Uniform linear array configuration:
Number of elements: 16
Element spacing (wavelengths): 0.25
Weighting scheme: kaiser
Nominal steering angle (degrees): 30
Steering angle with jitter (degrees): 31.424
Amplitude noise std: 0.05
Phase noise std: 0.05

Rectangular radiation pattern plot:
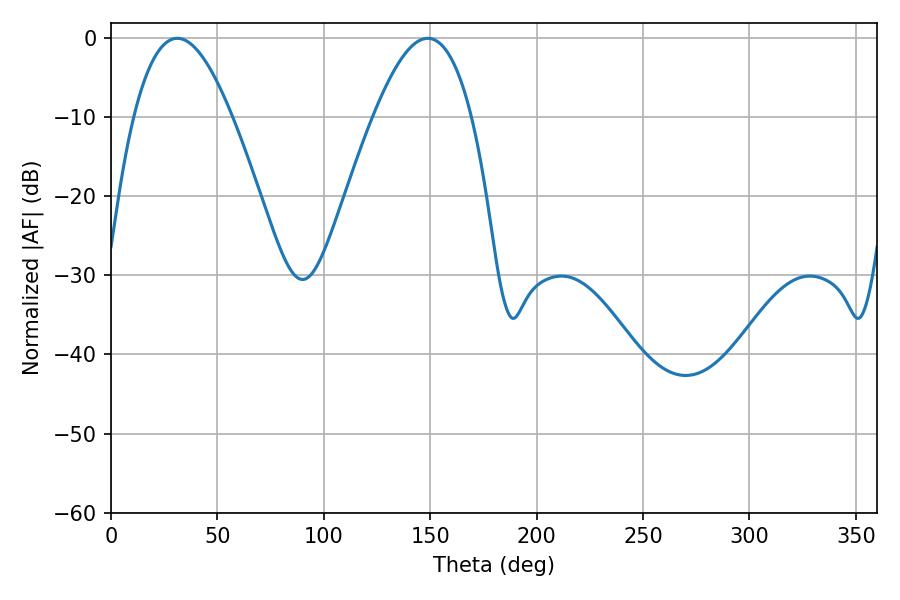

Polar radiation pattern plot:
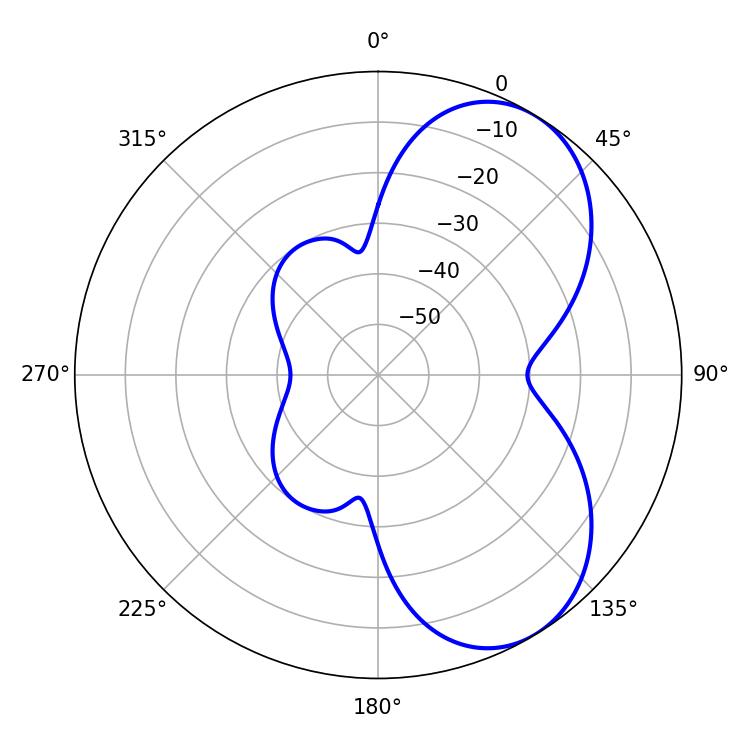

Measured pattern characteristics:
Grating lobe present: FALSE
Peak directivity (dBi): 5.976
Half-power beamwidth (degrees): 25.02
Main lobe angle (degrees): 31.14